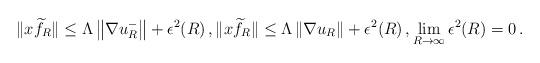
LaTeX: \begin{align*} \|x\widetilde f_R\|\leq\Lambda\left\|\nabla u_{R}^-\right\|+\epsilon^2(R) \,, \|x\widetilde f_R\|\leq\Lambda\left\|\nabla u_{R}\right\|+\epsilon^2(R) \,, \lim_{R\to\infty}\epsilon^2(R)=0 \,.\end{align*}